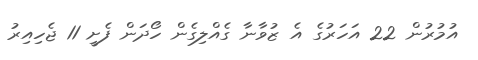
އުމުރުން 22 އަހަރުގެ އެ ޒުވާނާ ގެއްލިގެން ހޯދަން ފެށީ 11 ޖެހިއިރު